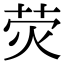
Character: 荧